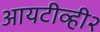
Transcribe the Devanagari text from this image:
आयटीव्ही२